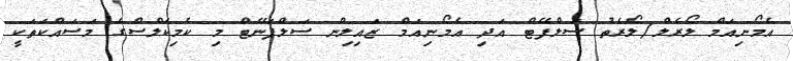
އެމޯނިއަމް ލޯރެލް/ލޯރެތު ސަލްފޭޓް އަދި އެމޯނިއަމް ޒައިލިން ސަލްފަނޭޓް މި ކެމިކަލްސްގެ މަސައްކަތަކީ